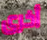
أخرى